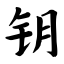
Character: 钥